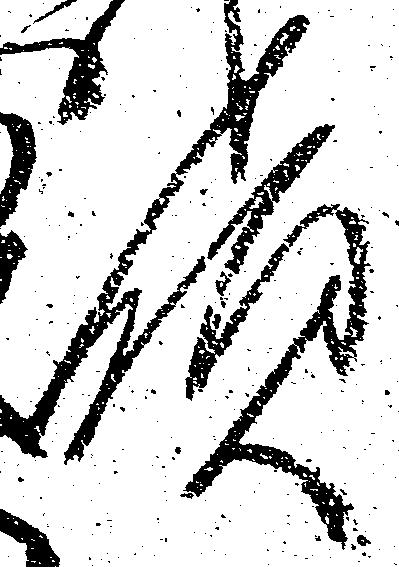
領